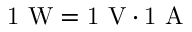
\mathrm { 1 ~ W = 1 ~ V \cdot 1 ~ A }